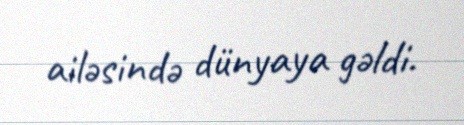
ailəsində dünyaya gəldi.